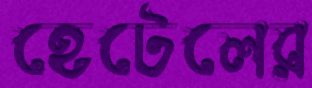
হেটেলের